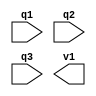
module tabla_1(input wire q1,q2,q3, output wire v1);

  assign Y = ~q1 & ~q3 | q1 & q3 | ~q2 & ~q3;
              
endmodule

module tabla_2(input wire q4,q5,q6, output wire v2);

  assign Y = ~q5;
              
endmodule

module tabla_3(input wire q7,q8,q9,q10, output wire v3);

  assign Y = (~q7 & ~q8 & ~q9 & ~q10) | (~q7 & ~q8 & q9 & q10) | (~q7 & q8 & ~q9 & q10) | (~q7 & q8 & q9 & ~q10) | (q7 & ~q8 & ~q9 & q10) | (q7 & ~q8 & q9 & ~q10) | (q7 & q8 & ~q9 & ~q10) | (q7 & q8 & q9 & q10);
              
endmodule

module tabla_4(input wire q11,q12,q13,q14, output wire v4);

  assign Y = (q11 & ~q13 & ~q14) | (q11 & q12) | (q12 & q14) | (q11 & q13);
              
endmodule

////ejercicio 2

module tabla_5(input wire q15,q16,q17,q18, output wire v5);

  assign Y = (q15 & ~q17) | (q15 & ~q16) | (q15 & ~q18) | (~q16 & ~q17 & ~q18);
              
endmodule

module tabla_6(input wire q19,q20,q21, output wire v6);

  assign Y = ~q20 | q21;
              
endmodule

module tabla_7(input wire q22,q23,q24,q25, output wire v7);

  assign Y = (q23) | (q22 & q25) | (~q24 & q25);
              
endmodule

module tabla_8(input wire q26,q27,q28, output wire v8);

  assign Y = (q27) | (~q26 & ~q28);
              
endmodule